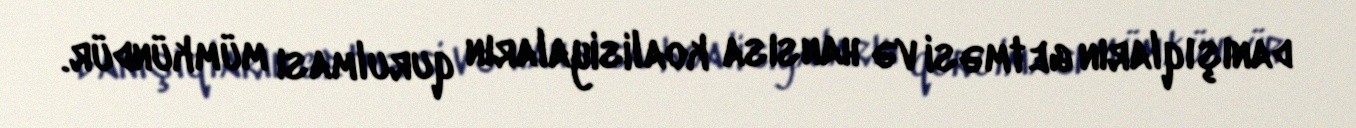
danışıqların getməsi və hansısa koalisiyaların qurulması mümkündür.